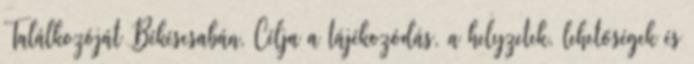
Találkozóját Békéscsabán, Célja a tájékozódás, a helyzetek, lehetőségek és